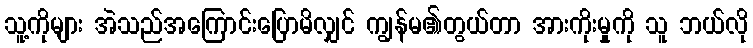
သူ့ကိုများ အဲသည်အကြောင်းပြောမိလျှင် ကျွန်မ၏တွယ်တာ အားကိုးမှုကို သူ ဘယ်လို